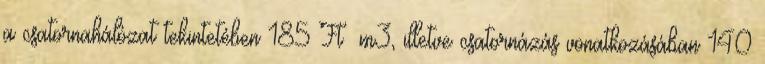
a csatornahálózat tekintetében 185 Ft m3, illetve csatornázás vonatkozásában 140